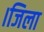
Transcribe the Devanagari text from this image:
।जिला